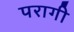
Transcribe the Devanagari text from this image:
परागी